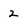
Character: 2